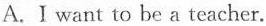
A.Iwant to be a teacher.